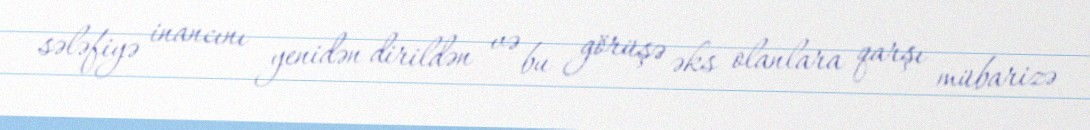
sələfiyə inancını yenidən dirildən və bu görüşə əks olanlara qarşı mübarizə